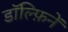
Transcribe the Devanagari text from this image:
डॉल्फ़िनें